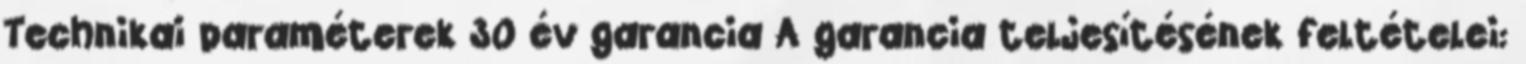
Technikai paraméterek 30 év garancia A garancia teljesítésének feltételei: